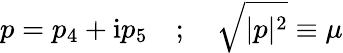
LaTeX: p=p_{4}+\mathrm{i}p_{5}\quad;\quad\sqrt{|p|^{2}}\equiv\mu